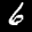
Label: 6